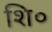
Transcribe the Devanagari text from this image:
शि०